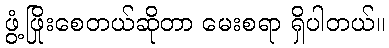
ဖွံ့ဖြိုးစေတယ်ဆိုတာ မေးစရာ ရှိပါတယ်။